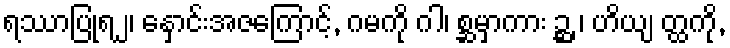
ရဿာပြုရ၂၊ နှောင်းအဇကြောင့်, ဂမကို ဂါ၊ စ္ဆမှာကား ဉ္ဆ ၊ ဟိယျ တ္ထကို,